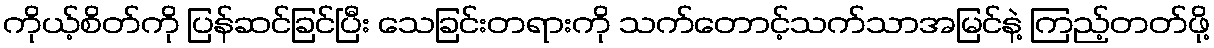
ကိုယ့်စိတ်ကို ပြန်ဆင်ခြင်ပြီး သေခြင်းတရားကို သက်တောင့်သက်သာအမြင်နဲ့ ကြည့်တတ်ဖို့